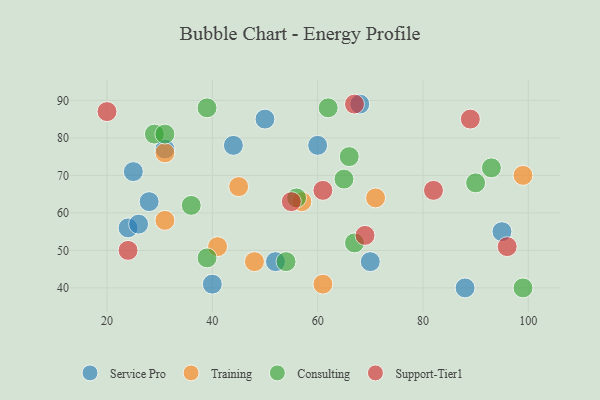
{"axis": {"x": "GDP", "y": "Life Expectancy"}, "legend": ["Consulting", "Service Pro", "Support-Tier1", "Training"], "data": [{"x": "24", "y": 56, "type": "Service Pro"}, {"x": "31", "y": 77, "type": "Service Pro"}, {"x": "88", "y": 40, "type": "Service Pro"}, {"x": "26", "y": 57, "type": "Service Pro"}, {"x": "60", "y": 78, "type": "Service Pro"}, {"x": "25", "y": 71, "type": "Service Pro"}, {"x": "95", "y": 55, "type": "Service Pro"}, {"x": "70", "y": 47, "type": "Service Pro"}, {"x": "28", "y": 63, "type": "Service Pro"}, {"x": "52", "y": 47, "type": "Service Pro"}, {"x": "40", "y": 41, "type": "Service Pro"}, {"x": "44", "y": 78, "type": "Service Pro"}, {"x": "50", "y": 85, "type": "Service Pro"}, {"x": "68", "y": 89, "type": "Service Pro"}, {"x": "71", "y": 64, "type": "Training"}, {"x": "41", "y": 51, "type": "Training"}, {"x": "48", "y": 47, "type": "Training"}, {"x": "31", "y": 58, "type": "Training"}, {"x": "45", "y": 67, "type": "Training"}, {"x": "57", "y": 63, "type": "Training"}, {"x": "61", "y": 41, "type": "Training"}, {"x": "99", "y": 70, "type": "Training"}, {"x": "31", "y": 76, "type": "Training"}, {"x": "99", "y": 40, "type": "Consulting"}, {"x": "67", "y": 52, "type": "Consulting"}, {"x": "62", "y": 88, "type": "Consulting"}, {"x": "39", "y": 88, "type": "Consulting"}, {"x": "29", "y": 81, "type": "Consulting"}, {"x": "31", "y": 81, "type": "Consulting"}, {"x": "36", "y": 62, "type": "Consulting"}, {"x": "65", "y": 69, "type": "Consulting"}, {"x": "56", "y": 64, "type": "Consulting"}, {"x": "39", "y": 48, "type": "Consulting"}, {"x": "66", "y": 75, "type": "Consulting"}, {"x": "54", "y": 47, "type": "Consulting"}, {"x": "90", "y": 68, "type": "Consulting"}, {"x": "93", "y": 72, "type": "Consulting"}, {"x": "55", "y": 63, "type": "Support-Tier1"}, {"x": "69", "y": 54, "type": "Support-Tier1"}, {"x": "82", "y": 66, "type": "Support-Tier1"}, {"x": "67", "y": 89, "type": "Support-Tier1"}, {"x": "96", "y": 51, "type": "Support-Tier1"}, {"x": "20", "y": 87, "type": "Support-Tier1"}, {"x": "89", "y": 85, "type": "Support-Tier1"}, {"x": "61", "y": 66, "type": "Support-Tier1"}, {"x": "24", "y": 50, "type": "Support-Tier1"}]}